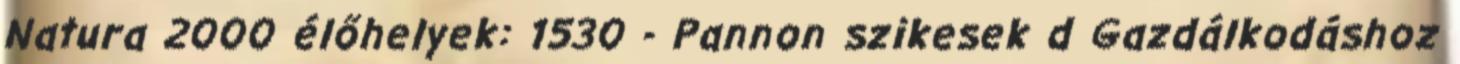
Natura 2000 élőhelyek: 1530 - Pannon szikesek d Gazdálkodáshoz